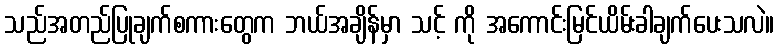
သည်အတည်ပြုချက်စကားတွေက ဘယ်အချိန်မှာ သင့် ကို အကောင်းမြင်ယိမ်းခါချက်ပေးသလဲ။